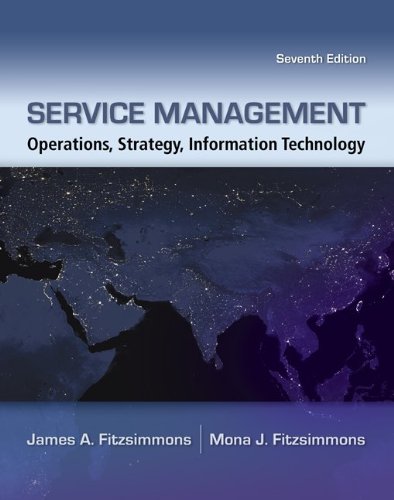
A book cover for Service Management with Premium Content Access Card; James Fitzsimmons; Computers & Technology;